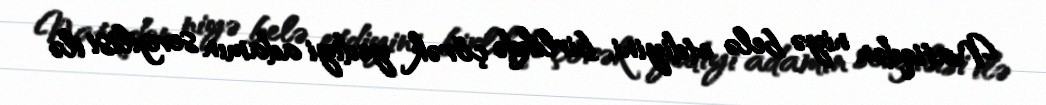
Natiqdən niyə belə etdiyini, birlikdə çörək yediyi adamın sevgilisi ilə